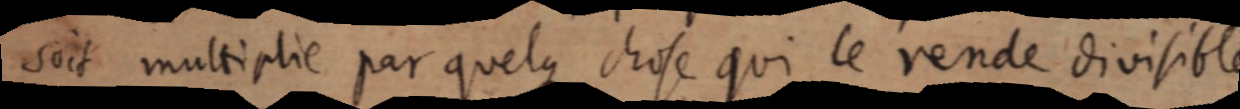
soit multiplie par quelques chose qui le rende divisible